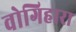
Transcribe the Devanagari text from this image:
वोगिहारा